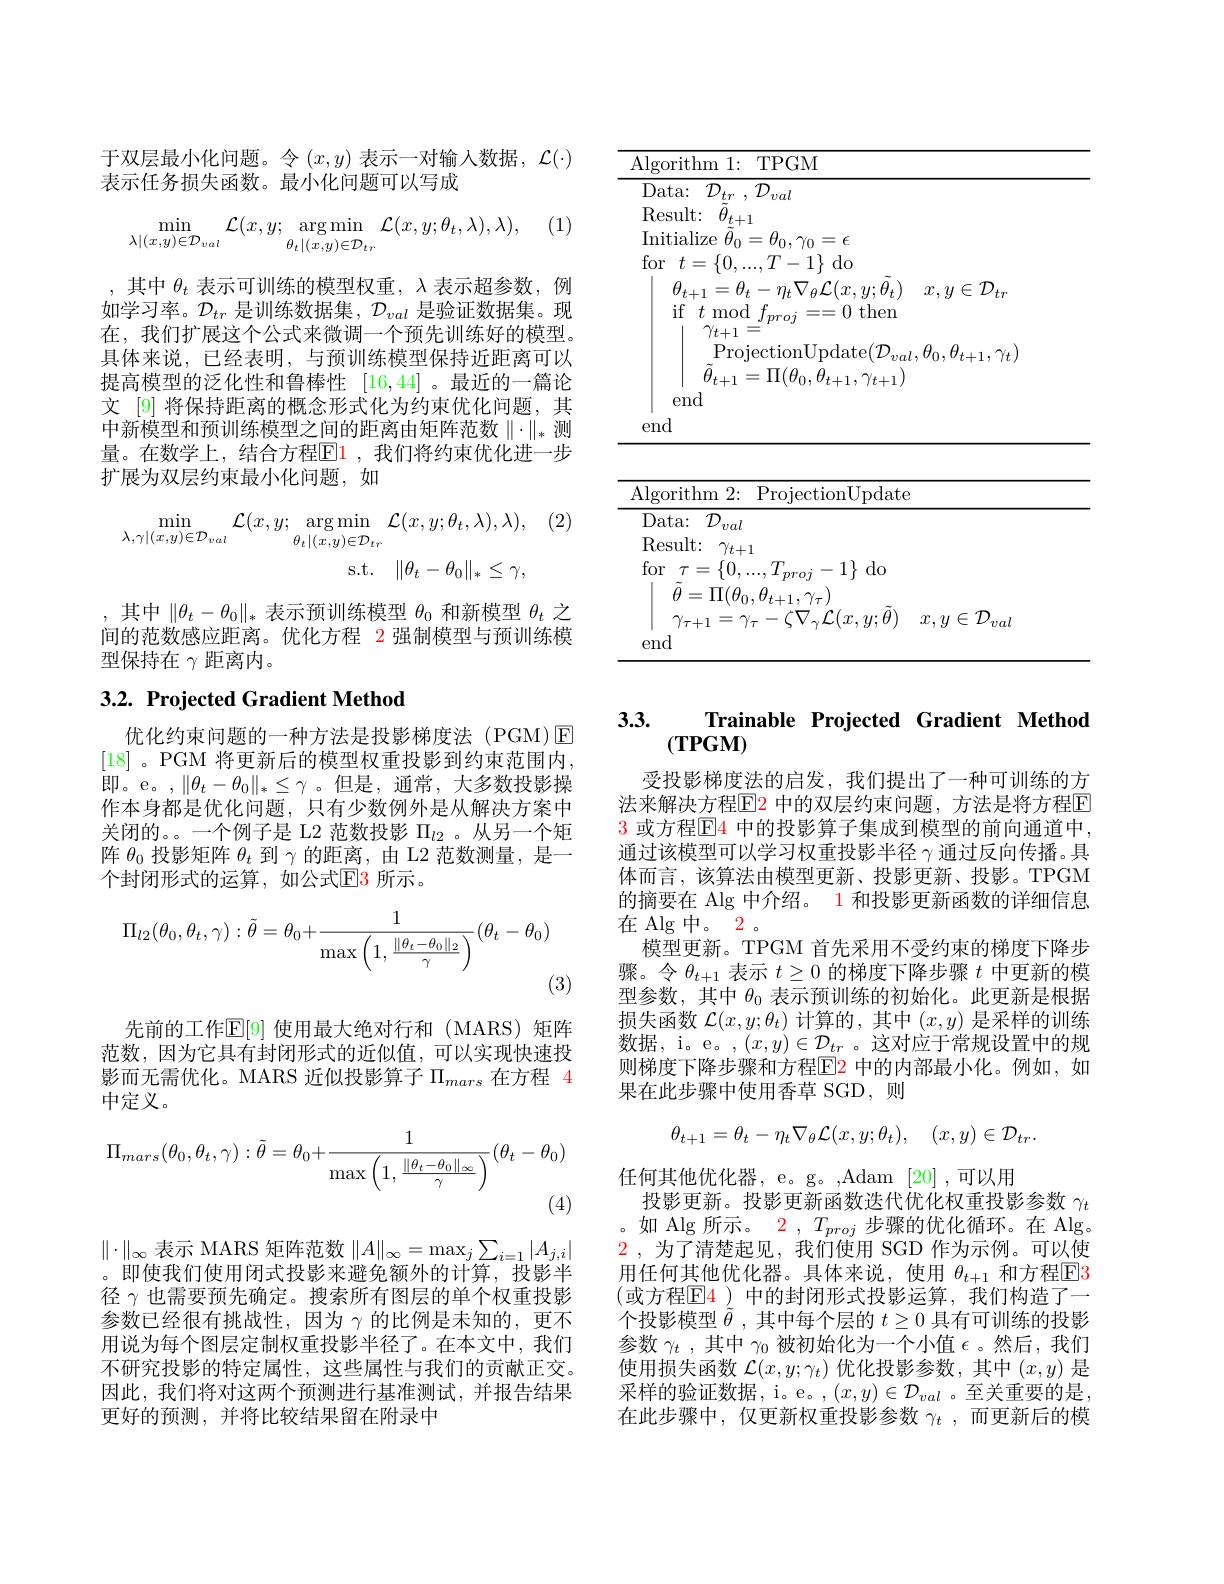
于双层最小化问题。令$(x,y)$表示一对输入数据，$\mathcal{L}(\cdot)$

表示任务损失函数。最小化问题可以写成

(1)
$$\min\limits_{\lambda|(x,y)\in\mathcal{D}_{val}}\mathcal{L}(x,y;\underset{\theta_t|(x,y)\in\mathcal{D}_{tr}}{\operatorname*{\arg\min}}\mathcal{L}(x,y;\theta_t,\lambda),\lambda),$$
,其中$\theta_t$表示可训练的模型权重$,\lambda$表示超参数，例如学习率。$\mathcal{D}_tr$是训练数据集，$\mathcal{D}_val$是验证数据集。现在，我们扩展这个公式来微调一个预先训练好的模型。具体来说，已经表明，与预训练模型保持近距离可以提高模型的泛化性和鲁棒性[16,44] 。最近的一篇论文 [9] 将保持距离的概念形式化为约束优化问题，其中新模型和预训练模型之间的距离由矩阵范数$\|\cdot\|_*$测量。在数学上，结合方程$\mathbb{E}\color{red}{1}$, 我们将约束优化进一步扩展为双层约束最小化问题，如

, (2)
$$\begin{aligned}\min_{\lambda,\gamma|(x,y)\in\mathcal{D}_{val}}\mathcal{L}(x,y;&\arg\min_{\theta_t|(x,y)\in\mathcal{D}_{tr}}\mathcal{L}(x,y;\theta_t,\lambda),\lambda),\\&\mathrm{s.t.}&\|\theta_t-\theta_0\|_*\leq\gamma,\end{aligned}$$
,其中$\|\theta_t-\theta_0\|_*$表示预训练模型$\theta_0$和新模型$\theta_t$之间的范数感应距离。优化方程 2 强制模型与预训练模型保持在$\gamma$距离内。

## 3.2. Projected Gradient Method

优化约束问题的一种方法是投影梯度法(PGM)E [18]。PGM 将更新后的模型权重投影到约束范围内即。e。,$\|\theta_t-\theta_0\|_*\leq\gamma$。但是，通常，大多数投影操作本身都是优化问题，只有少数例外是从解决方案中关闭的。。一个例子是 L2 范数投影$\Pi_{l2}$ 。从另一个矩阵$\theta_0$投影矩阵$\theta_t$到$\gamma$的距离，由 L2 范数测量，是一个封闭形式的运算，如公式$\color{red}{\mathrm{E3~所示。}}$
$$\Pi_{l2}(\theta_0,\theta_t,\gamma):\tilde{\theta}=\theta_0+\frac{1}{\max\left(1,\frac{\|\theta_t-\theta_0\|_2}{\gamma}\right)}(\theta_t-\theta_0)$$
(3)

先前的工作$\mathbb{E}[9]$ 使用最大绝对行和 (MARS) 矩阵范数，因为它具有封闭形式的近似值，可以实现快速投影而无需优化。MARS 近似投影算子$\Pi_mars$在方程 4中定义。
$$\Pi_{mars}(\theta_0,\theta_t,\gamma):\tilde{\theta}=\theta_0+\frac{1}{\max\left(1,\frac{\|\theta_t-\theta_0\|_\infty}{\gamma}\right)}(\theta_t-\theta_0)$$
$\|\cdot\|_\infty$表示 MARS 矩阵范数$\|A\|_\infty=\max_j\sum_i=1|A_{j,i}|$ 。即使我们使用闭式投影来避免额外的计算，投影半径$\gamma$也需要预先确定。搜索所有图层的单个权重投影参数已经很有挑战性，因为$\gamma$的比例是未知的，更不用说为每个图层定制权重投影半径了。在本文中，我们不研究投影的特定属性，这些属性与我们的贡献正交。因此，我们将对这两个预测进行基准测试，并报告结果更好的预测，并将比较结果留在附录中

<table>
	<tbody>
		<tr>
			<th>TPGM Algorithm 1: </th>
			<th>$\overline{\mathrm{Alg}}.$</th>
			<th> </th>
		</tr>
	</tbody>
</table>

<table>
	<tbody>
		<tr>
			<td>Algorithm 2: : ProjectionUpdate</td>
			<td>ProjectionUpdate</td>
		</tr>
	</tbody>
</table>

# 3.3. Trainable Projected Gradient Method $(\mathbf{TPGM})$

受投影梯度法的启发，我们提出了一种可训练的方$\color{red}{3\text{ 或方程}\boxed{\mathrm{E}}}\color{red}{4\text{ 中的投影算子集成到模型的前向通道中}}$, 通过该模型可以学习权重投影半径$\gamma$通过反向传播。具体而言，该算法由模型更新、投影更新、投影。TPGM 的摘要在 Alg 中介绍。1 和投影更新函数的详细信息在 Alg 中。2.
模型更新。TPGM 首先采用不受约束的梯度下降步骤。令$\theta_{t+1}$表示$t\geq0$的梯度下降步骤$t$中更新的模型参数，其中$\theta_0$表示预训练的初始化。此更新是根据损失函数$\mathcal{L}(x,y;\theta_t)$计算的 ,其中$(x,y)$是采样的训练数据，i。e。, $(x,y)\in\mathcal{D}_tr$ 。这对应于常规设置中的规则梯度下降步骤和方程$\color{red}{\mathrm{E}}\color{blue}{\mathrm{2}}$ 中的内部最小化。例如，如果在此步骤中使用香草 SGD,则
$$\theta_{t+1}=\theta_t-\eta_t\nabla_\theta\mathcal{L}(x,y;\theta_t),\quad(x,y)\in\mathcal{D}_{tr}.$$
任何其他优化器，e。g。,Adam [20] ,可以用
投影更新。投影更新函数迭代优化权重投影参数$\gamma_t$ 。如 Alg 所示。$2,T_{proj}$步骤的优化循环。在 Alg。$\color{red}2$ ,为了清楚起见，我们使用 SGD 作为示例。可以使用任何其他优化器。具体来说，使用 $\theta_{t+1}$ 和方程$\overline{\mathrm{E}}3$ (或方程$\mathbb{E}_4)$ 中的封闭形式投影运算，我们构造了一个投影模型$\tilde{\theta}$,其中每个层的$t\geq0$具有可训练的投影参数$\gamma_t$,其中$\gamma_0$被初始化为一个小值$\epsilon$。然后，我们使用损失函数$\mathcal{L}(x,y;\gamma_t)$优化投影参数，其中$(x,y)$是采样的验证数据，i。e。,$(x,y)\in\mathcal{D}_{val}$ 。至关重要的是在此步骤中，仅更新权重投影参数$\gamma_t$ ,而更新后的模